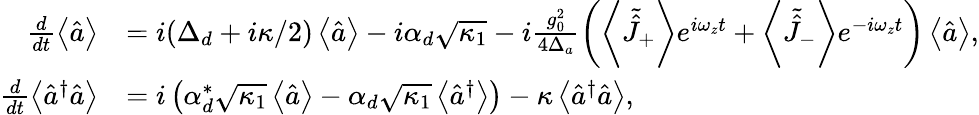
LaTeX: \begin{array}{rl}{\frac{d}{dt}\left\langle\hat{a}\right\rangle}&{=i(\Delta_{d}+i\kappa/2)\left\langle\hat{a}\right\rangle-i\alpha_{d}\sqrt{\kappa_{1}}-i\frac{g_{0}^{2}}{4\Delta_{a}}\left(\left\langle\tilde{\hat{J}}_{+}\right\rangle e^{i\omega_{z}t}+\left\langle\tilde{\hat{J}}_{-}\right\rangle e^{-i\omega_{z}t}\right)\left\langle\hat{a}\right\rangle,}\\ {\frac{d}{dt}\left\langle\hat{a}^{\dagger}\hat{a}\right\rangle}&{=i\left(\alpha_{d}^{*}\sqrt{\kappa_{1}}\left\langle\hat{a}\right\rangle-\alpha_{d}\sqrt{\kappa_{1}}\left\langle\hat{a}^{\dagger}\right\rangle\right)-\kappa\left\langle\hat{a}^{\dagger}\hat{a}\right\rangle,}\end{array}